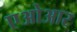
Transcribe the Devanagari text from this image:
एओआर